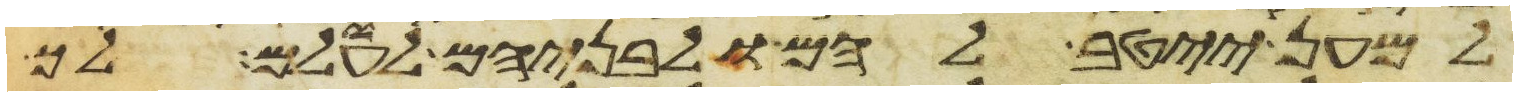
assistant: למען ייטב להם ולבניהם לעולם לך